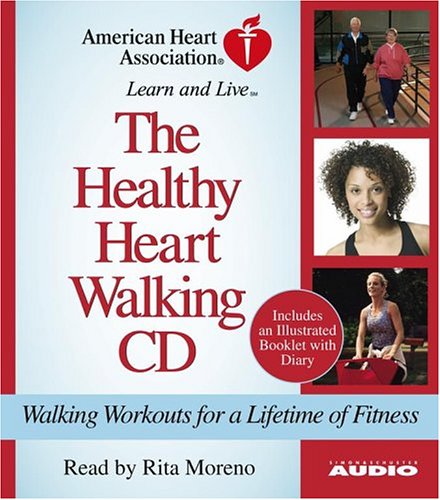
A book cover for The Healthy Heart Walking CD: Walking Workouts For A Lifetime Of Fitness; American Heart Association; Health, Fitness & Dieting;